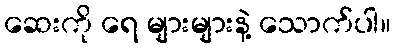
ဆေးကို ရေ များများနဲ့ သောက်ပါ။